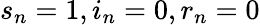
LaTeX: s_{n}=1,i_{n}=0,r_{n}=0